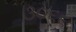
૩૦૬૬